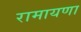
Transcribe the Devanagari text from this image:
रामायणा